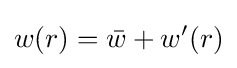
w(r)={\bar {w}}+w'(r)